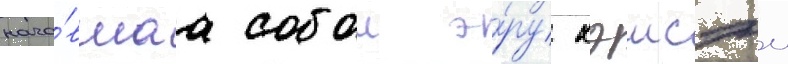
нача́вшаа собои э́ру хэисэи